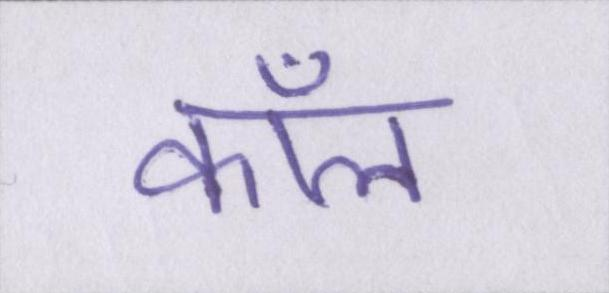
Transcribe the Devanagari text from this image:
कॉल